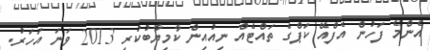
އެންމެ ފަހުން އެފްއޭ ކަޕްގެ ތައްޓެއް ނިއުއިން ކާމިޔާބުކުރީ 2013 ވަނަ އަހަރު.